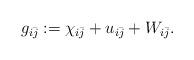
LaTeX: \begin{align*} g_{i\bar j} := \chi_{i\bar j} + u_{i\bar j} + W_{i\bar j}. \end{align*}